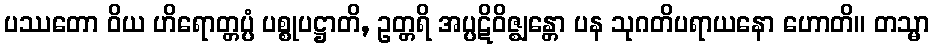
ပဿတော ဝိယ ဟိရောတ္တပ္ပံ ပစ္စုပဋ္ဌာတိ, ဥတ္တရိ အပ္ပဋိဝိဇ္ဈန္တော ပန သုဂတိပရာယနော ဟောတိ။ တသ္မာ